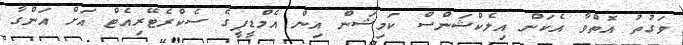
ވަގުތު އޮތްވާ އެކަން އިލެކްޝަންސް ކަމިޝަން އިން އެމްޑީޕީގެ ސެކްރެޓޭރިއެޓް އަށް އަންގާ